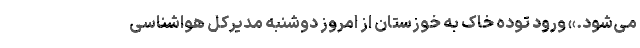
می‌شود.» ورود توده خاک به خوزستان از امروز دوشنبه مدیرکل هواشناسی